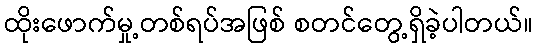
ထိုးဖောက်မှု့တစ်ရပ်အဖြစ် စတင်တွေ့ရှိခဲ့ပါတယ်။